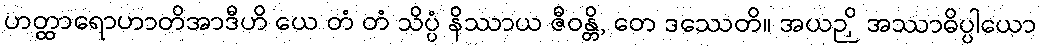
ဟတ္ထာရောဟာတိအာဒီဟိ ယေ တံ တံ သိပ္ပံ နိဿာယ ဇီဝန္တိ, တေ ဒဿေတိ။ အယဉှိ အဿာဓိပ္ပါယော